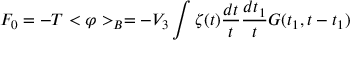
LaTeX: F _ { 0 } = - T < \varphi > _ { B } = - V _ { 3 } \int \zeta ( t ) \frac { d t } { t } \frac { d t _ { 1 } } { t } G ( t _ { 1 } , t - t _ { 1 } )